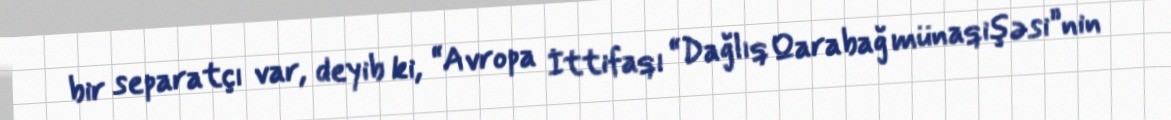
bir separatçı var, deyib ki, “Avropa İttifaqı “Dağlıq Qarabağ münaqişəsi”nin